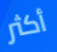
أكثر